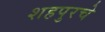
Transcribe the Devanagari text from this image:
शहपुरचे